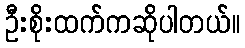
ဦးစိုးထက်ကဆိုပါတယ်။